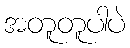
အတူတူပါပဲ